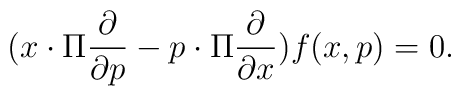
(x \cdot \Pi \frac{\partial}{\partial p}-p \cdot \Pi \frac{\partial}{\partial x})f(x,p)=0.